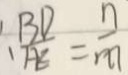
、 \frac { B D } { A E } = \frac { n } { m }